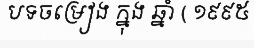
បទចម្រៀង ក្នុង ឆ្នាំ ( ១៩៩៥